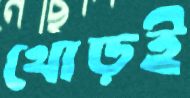
থোড়ই